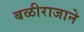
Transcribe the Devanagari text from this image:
बळीराजाने